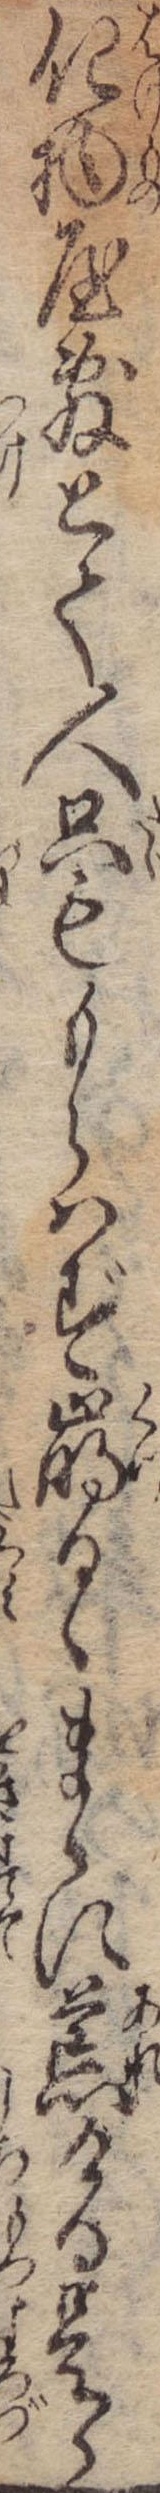
化物屋敷とて人只ももらはず崩るゝまゝに荒ける是ら